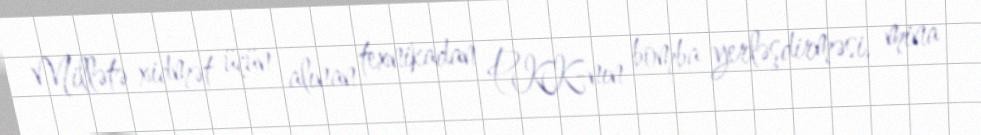
Millətə xidmət üçün alınan texnikadan PKK-nın bomba yerləşdirməsi, mina